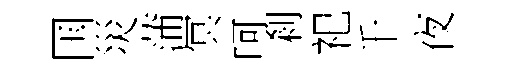
国災蒲冥呵剎祀千夜